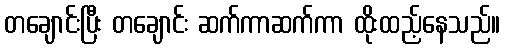
တချောင်းပြီး တချောင်း ဆက်ကာဆက်ကာ ထိုးထည့်နေသည်။